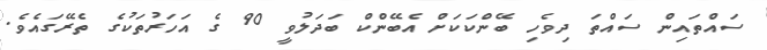
ސައްތައިން ސައްތަ ދިވެހި ބޭންކަކަށް އެބޭންކް ބަދަލުވީ 90 ގެ އަހަރުތަކުގެ ތެރޭގައެވެ.